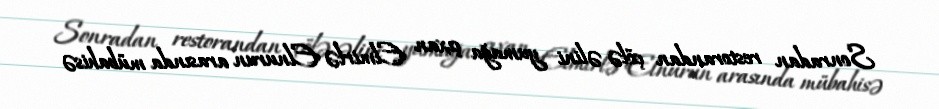
Sonradan restorandan çölə əlini yumağa çıxan Elmirlə Elnurun arasında mübahisə